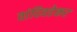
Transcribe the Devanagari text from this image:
वांदिवडेकर